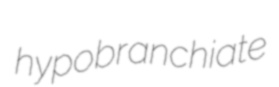
hypobranchiate